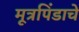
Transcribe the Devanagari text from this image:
मूत्रपिंडाचे